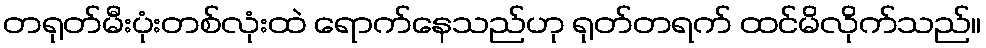
တရုတ်မီးပုံးတစ်လုံးထဲ ရောက်နေသည်ဟု ရုတ်တရက် ထင်မိလိုက်သည်။